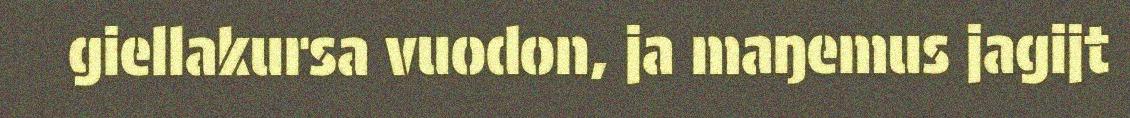
giellakursa vuodon, ja maŋemus jagijt